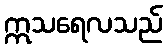
ဣသရေလသည်